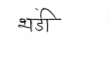
मजकूर: भंडी